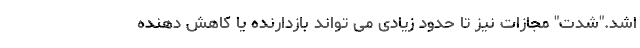
اشد."شدت" مجازات نیز تا حدود زیادی می تواند بازدارنده یا کاهش دهنده